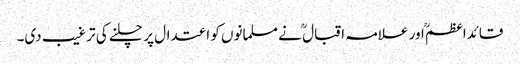
قائداعظمؒ اور علامہ اقبال ؒ نے مسلمانوں کو اعتدال پر چلنے کی ترغیب دی۔